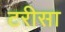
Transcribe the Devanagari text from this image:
टरीसा